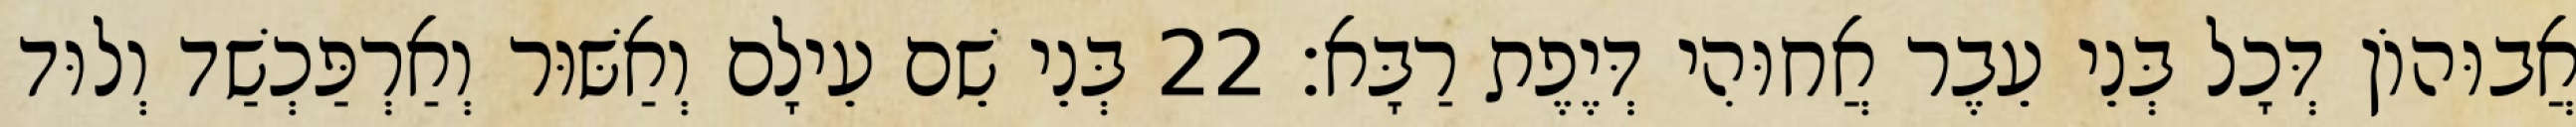
אֲבוּהוֹן דְּכָל בְּנֵי עֵבֶר אֲחוּהִי דְּיֶפֶת רַבָּא׃ 22 בְּנֵי שֵׁם עֵילָם וְאַשּׁוּר וְאַרְפַּכְשַׁד וְלוּד